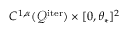
C ^ { 1 , \alpha } ( \mathcal { Q } ^ { \mathrm { i t e r } } ) \times [ 0 , \theta _ { * } ] ^ { 2 }